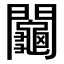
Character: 𨷺